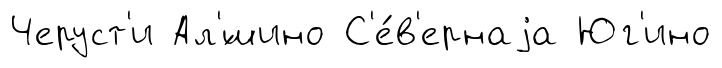
Черуст'и Ал'́шино С'е́в'ернаjа Юг'ино